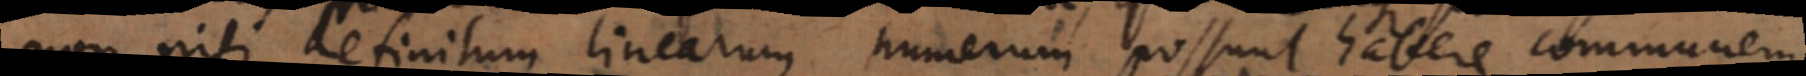
non nisi definitum linearum numerum possunt habere co